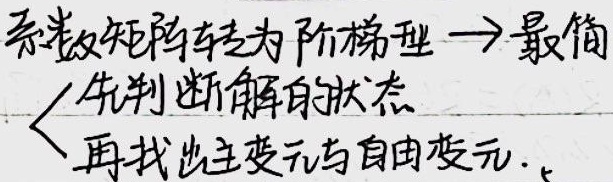
系数矩阵转为阶梯型$\to$最简。
\[
\begin{cases}
\text{先判断解的状态}\\
\text{再找出主变元与自由变元}.
\end{cases}
\]